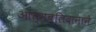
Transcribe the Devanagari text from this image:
आत्मबलिदानाने